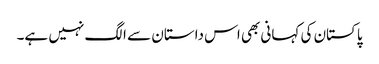
پاکستان کی کہانی بھی اس داستان سے الگ نہیں ہے۔